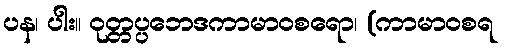
ပန၊ ပါး။ ဝုတ္တပ္ပဘေဒကာမာဝစရော၊ (ကာမာဝစရ